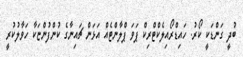
ބުދީ ގަންޑަކީ ކޯރު. ހައިޑްރޯއިލެކްޓްރިކް ޕަވަ ޕްލާންޓެއްް އަޅަން ޗައިނާގެ ކުންފުންޏަކާ ހަވާލުކުރީ